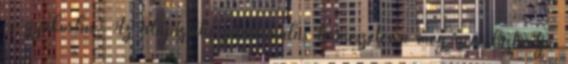
és gyakorlás. Az alapszintű gitártanulás természetesen még nem biztosítja